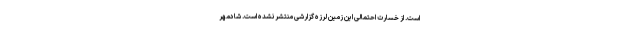
است. از خسارت احتمالی این زمین لرزه گزارشی منتشر نشده است. شادمِهر